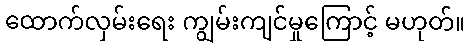
ထောက်လှမ်းရေး ကျွမ်းကျင်မှုကြောင့် မဟုတ်။